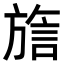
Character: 𬀍